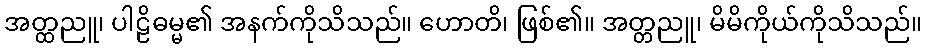
အတ္ထညူ၊ ပါဠိဓမ္မ၏ အနက်ကိုသိသည်။ ဟောတိ၊ ဖြစ်၏။ အတ္တညူ၊ မိမိကိုယ်ကိုသိသည်။